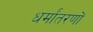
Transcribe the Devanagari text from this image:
धर्मांतरणों